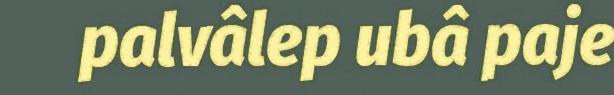
palvâlep ubâ paje